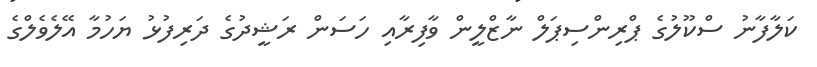
ކަލާފާނު ސްކޫލުގެ ޕްރިންސިޕަލް ނާޒްލީން ވާފިރާއި ހަސަން ރަޝީދުގެ ދަރިފުޅު ޔަހުމާ އޭލެވެލްގެ